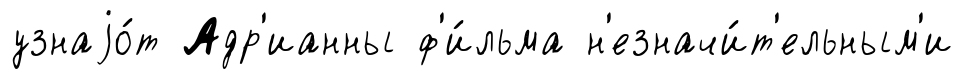
узнаjо́т Адр'ианны ф'и́льма н'езначи́т'ельным'и